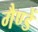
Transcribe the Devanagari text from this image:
गैण्डें